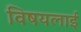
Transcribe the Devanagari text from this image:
विषयलाई